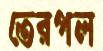
তেরপল